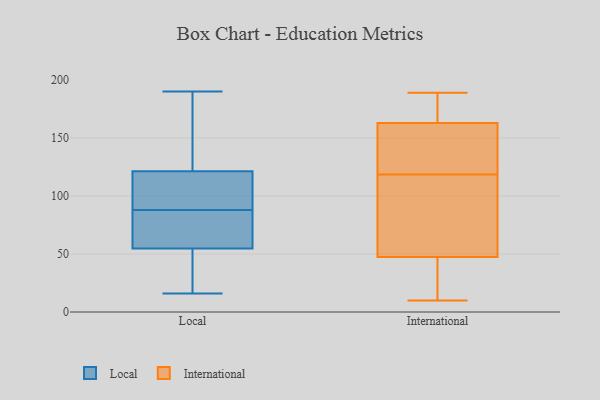
{"axis": {"x": "Gross Profit (USD K)", "y": "Value"}, "legend": ["International", "Local"], "data": [{"x": "", "y": 38, "type": "Local"}, {"x": "", "y": 54, "type": "Local"}, {"x": "", "y": 86, "type": "Local"}, {"x": "", "y": 100, "type": "Local"}, {"x": "", "y": 79, "type": "Local"}, {"x": "", "y": 16, "type": "Local"}, {"x": "", "y": 95, "type": "Local"}, {"x": "", "y": 125, "type": "Local"}, {"x": "", "y": 88, "type": "Local"}, {"x": "", "y": 115, "type": "Local"}, {"x": "", "y": 55, "type": "Local"}, {"x": "", "y": 163, "type": "Local"}, {"x": "", "y": 120, "type": "Local"}, {"x": "", "y": 190, "type": "Local"}, {"x": "", "y": 67, "type": "Local"}, {"x": "", "y": 177, "type": "Local"}, {"x": "", "y": 46, "type": "Local"}, {"x": "", "y": 171, "type": "International"}, {"x": "", "y": 189, "type": "International"}, {"x": "", "y": 138, "type": "International"}, {"x": "", "y": 45, "type": "International"}, {"x": "", "y": 99, "type": "International"}, {"x": "", "y": 10, "type": "International"}, {"x": "", "y": 152, "type": "International"}, {"x": "", "y": 157, "type": "International"}, {"x": "", "y": 50, "type": "International"}, {"x": "", "y": 169, "type": "International"}, {"x": "", "y": 44, "type": "International"}, {"x": "", "y": 51, "type": "International"}, {"x": "", "y": 22, "type": "International"}, {"x": "", "y": 55, "type": "International"}, {"x": "", "y": 189, "type": "International"}, {"x": "", "y": 141, "type": "International"}]}